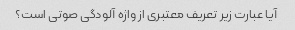
آیا عبارت زیر تعریف معتبری از واژه آلودگی صوتی است؟